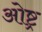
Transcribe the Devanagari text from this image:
ओष्ट्र